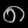
Digit: ၈